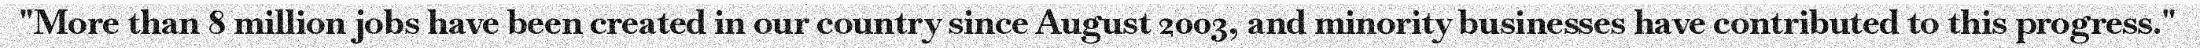
"More than 8 million jobs have been created in our country since August 2003, and minority businesses have contributed to this progress."